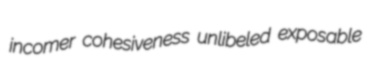
incomer cohesiveness unlibeled exposable